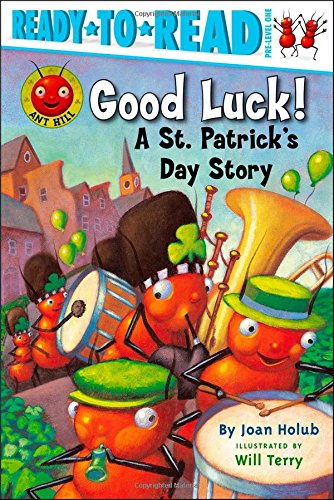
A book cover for Good Luck!: A St. Patrick's Day Story (Ant Hill); Joan Holub; Children's Books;